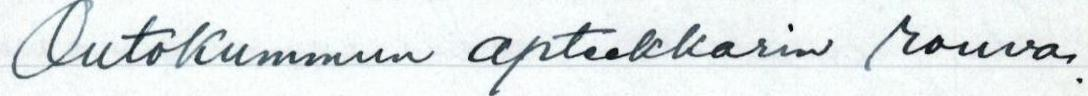
Outokummun apteekkarin rouva.